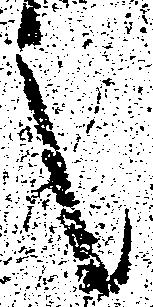
言